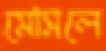
মোসলে